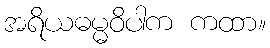
အရိယဓမ္မဝိပါက ကထာ။